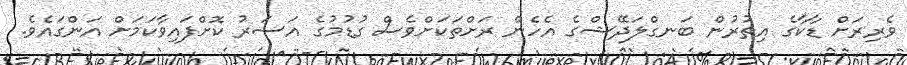
ވެރިރަށް ޑާކާގެ އިތުރުން ބަނގްލަދޭޝްގެ އެހެން ރަށްތަކަށްވެސް ގުޑުމުގެ އަސަރު ކޮށްފައިވާކަމަށް އަންގައެވެ.